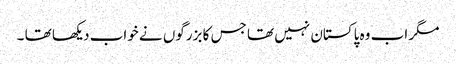
مگر اب وہ پاکستان نہیں تھا جس کا بزرگوں نے خواب دیکھا تھا ۔